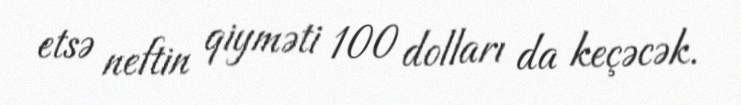
etsə neftin qiyməti 100 dolları da keçəcək.